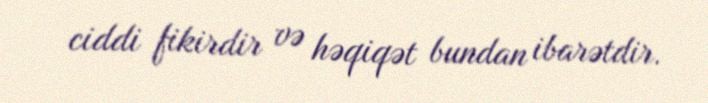
ciddi fikirdir və həqiqət bundan ibarətdir.